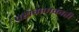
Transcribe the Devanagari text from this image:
परागणकारी